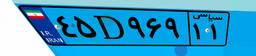
۴۵D۹۶۹۱۱